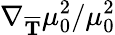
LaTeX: \nabla_{\overline{{\mathbf{{T}}}}}\mu_{0}^{2}/\mu_{0}^{2}